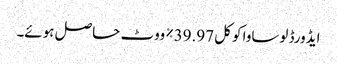
ایڈورڈ لوساوا کو کل 39.97٪ ووٹ حاصل ہوئے۔